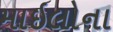
માઇલોના